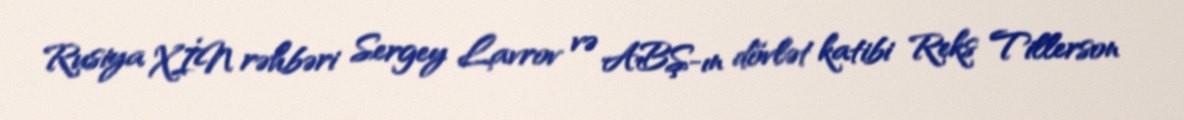
Rusiya XİN rəhbəri Sergey Lavrov və ABŞ-ın dövlət katibi Reks Tillerson